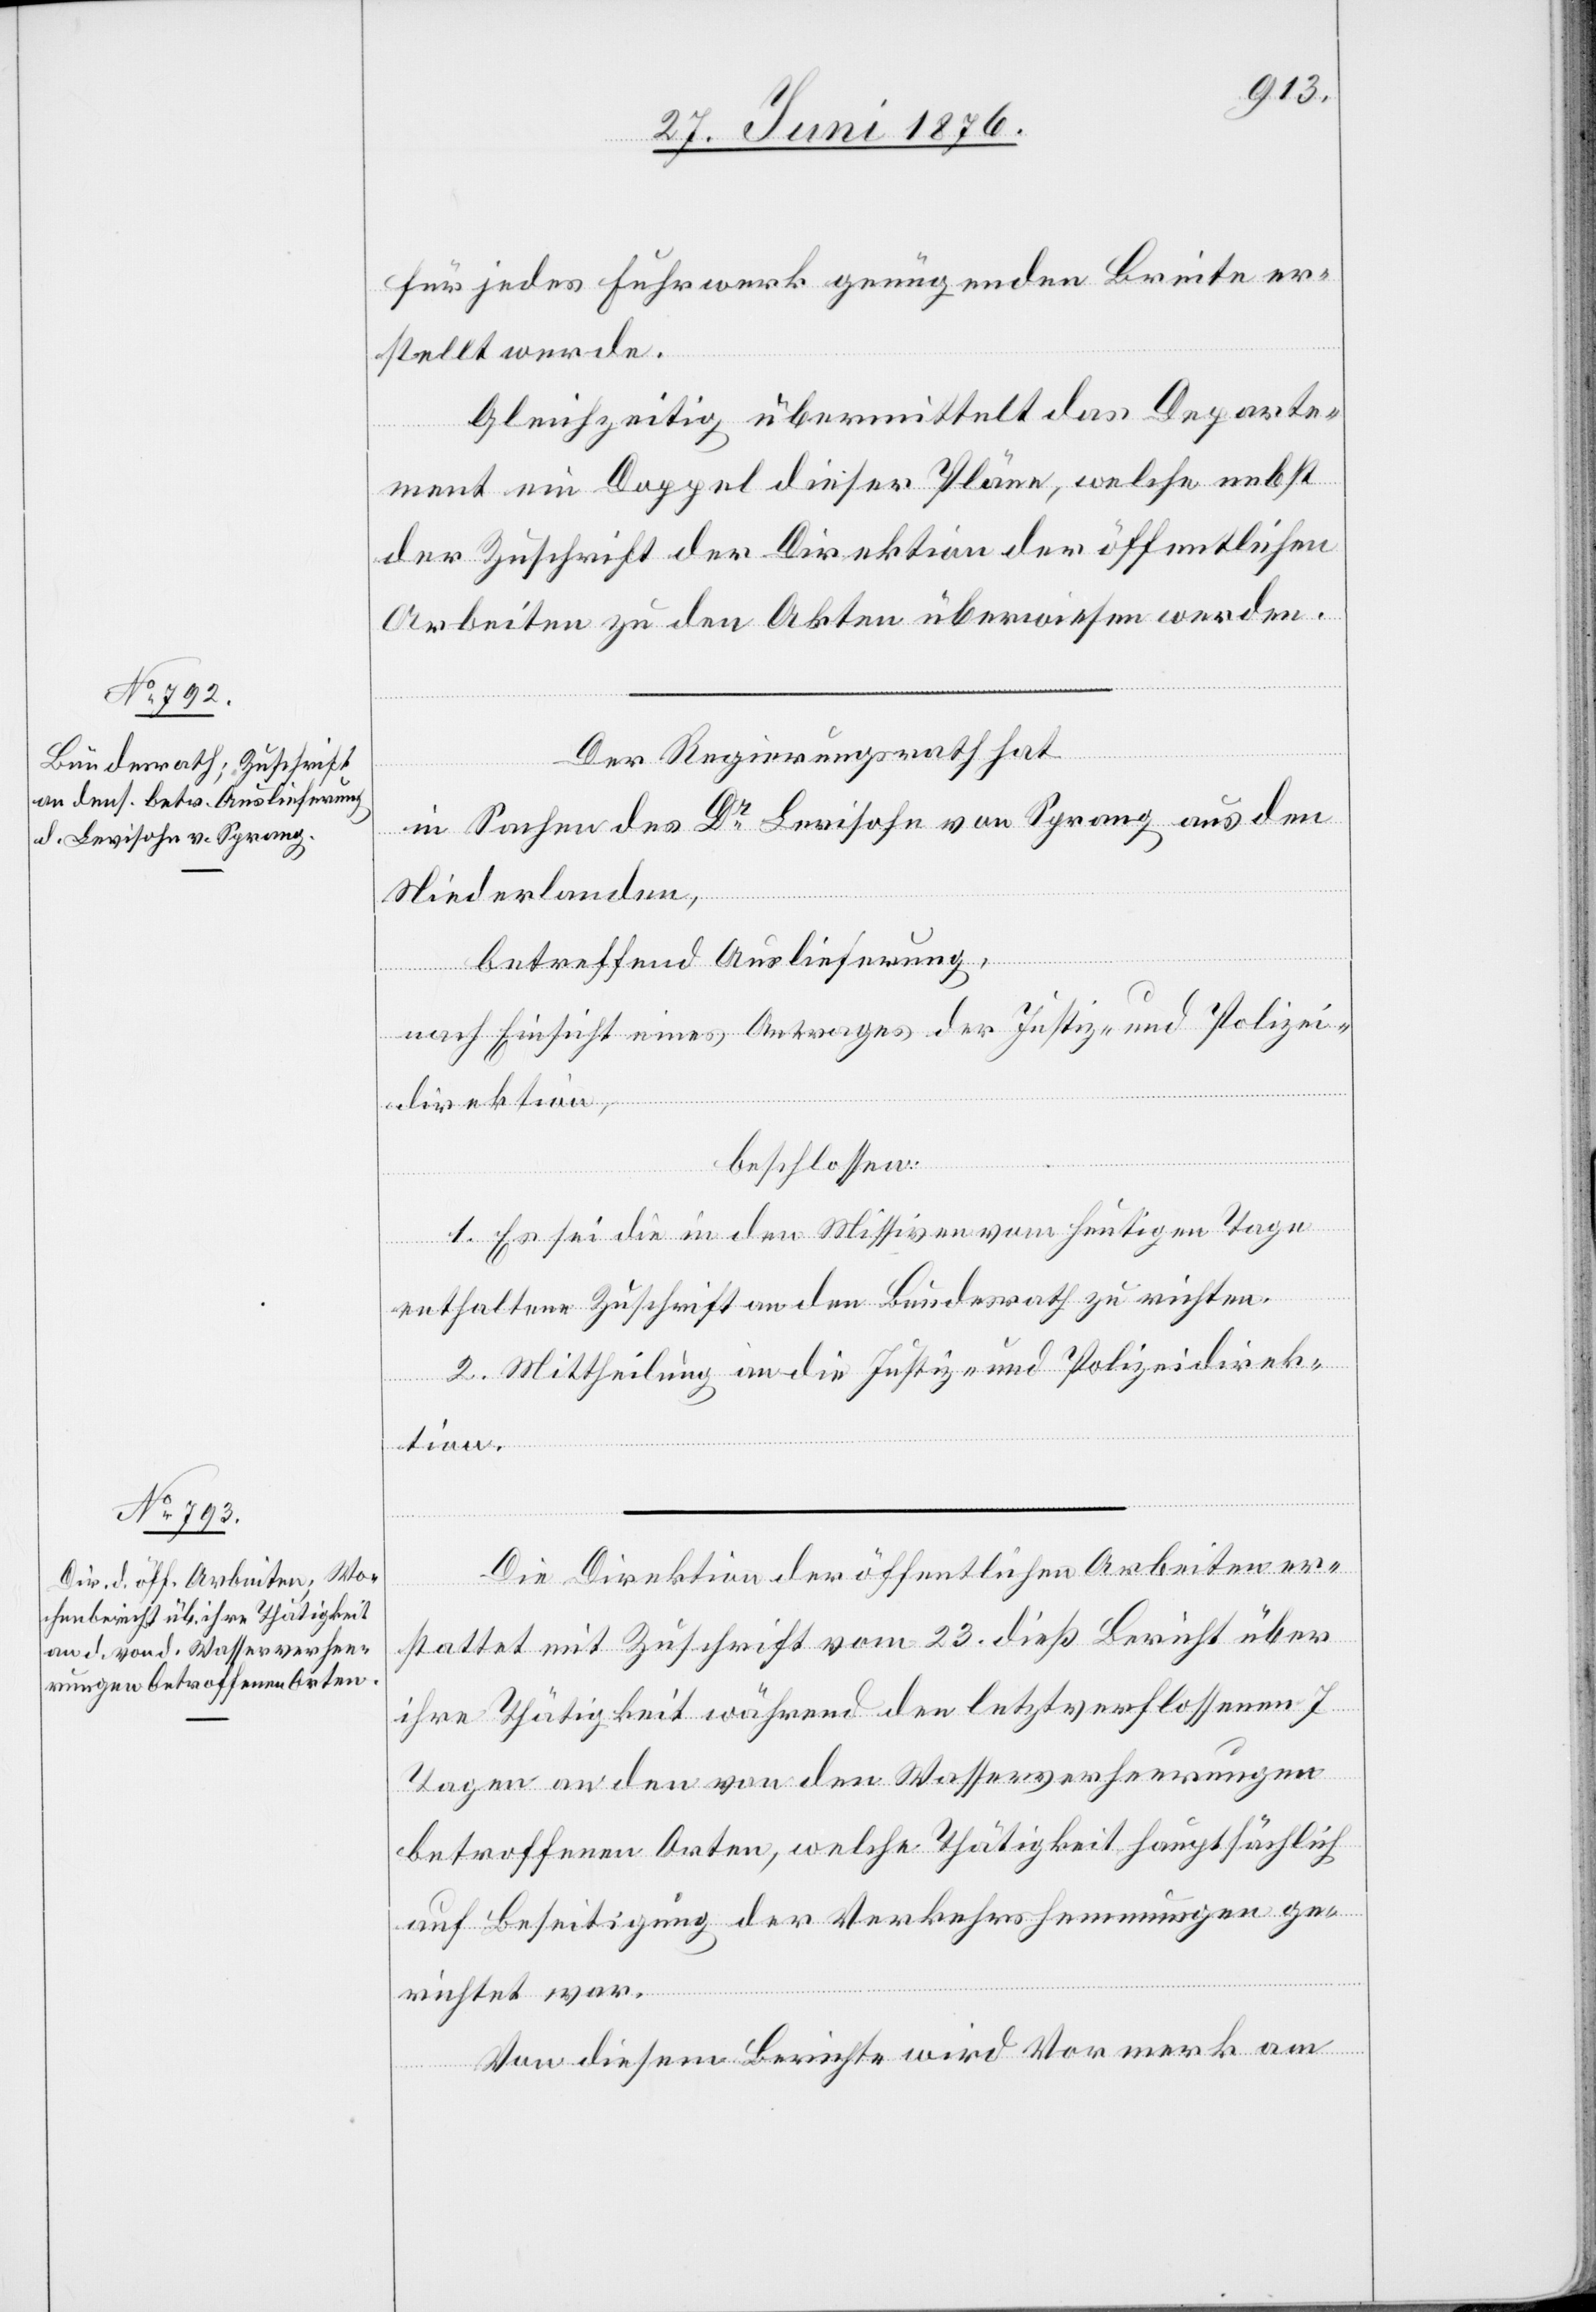
für jedes Fuhrwerk genügenden Breite er¬
stellt wurde.
Gleichzeitig übermittelt das Departe¬
ment ein Doppel dieser Pläne, welche nebst
der Zuschrift der Direktion der öffentlichen
Arbeiten zu den Akten überwiesen werden.
Der Regierungsrath hat
in Sachen des Dr Levisohn von Sprang aus den
Niederlanden,
betreffend Auslieferung,
nach Einsicht eines Antrages der Justiz- und Polizei¬
direktion,
beschlossen:
1. Es sei die in den Missiven vom heutigen Tage
enthaltene Zuschrift an den Bundesrath zu richten.
2. Mittheilung an die Justiz- und Polizeidirek¬
tion.
Die Direktion der öffentlichen Arbeiten er¬
stattet mit Zuschrift vom 23. dieß Bericht über
ihre Thätigkeit während der letztverflossenen 7
Tagen an den von den Wasserverheerungen
betroffenen Orten, welche Thätigkeit hauptsächlich
auf Beseitigung der Verkehrshemmungen ge¬
richtet war.
Von diesem Berichte wird Vormerk am